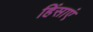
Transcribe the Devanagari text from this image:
हिंसाएं